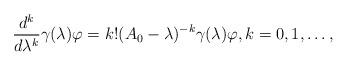
LaTeX: \begin{align*} \frac{d^k}{d\lambda^k} \gamma(\lambda) \varphi = k!(A_0-\lambda)^{-k} \gamma(\lambda) \varphi,k=0,1,\dots,\end{align*}